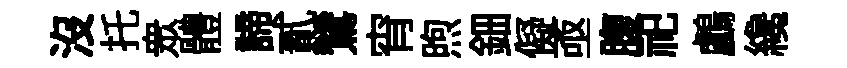
沒托衆體諦貳鷥宵煦鈿儗亟腹祀鸕纔